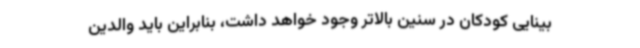
بینایی کودکان در سنین بالاتر وجود خواهد داشت، بنابراین باید والدین